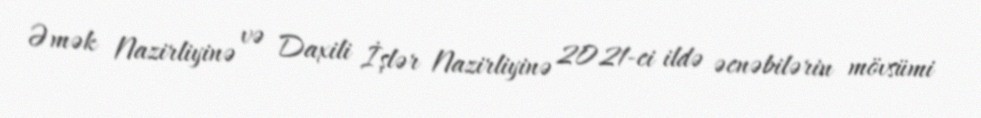
Əmək Nazirliyinə və Daxili İşlər Nazirliyinə 2021-ci ildə əcnəbilərin mövsümi